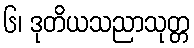
၆၊ ဒုတိယသညာသုတ္တ